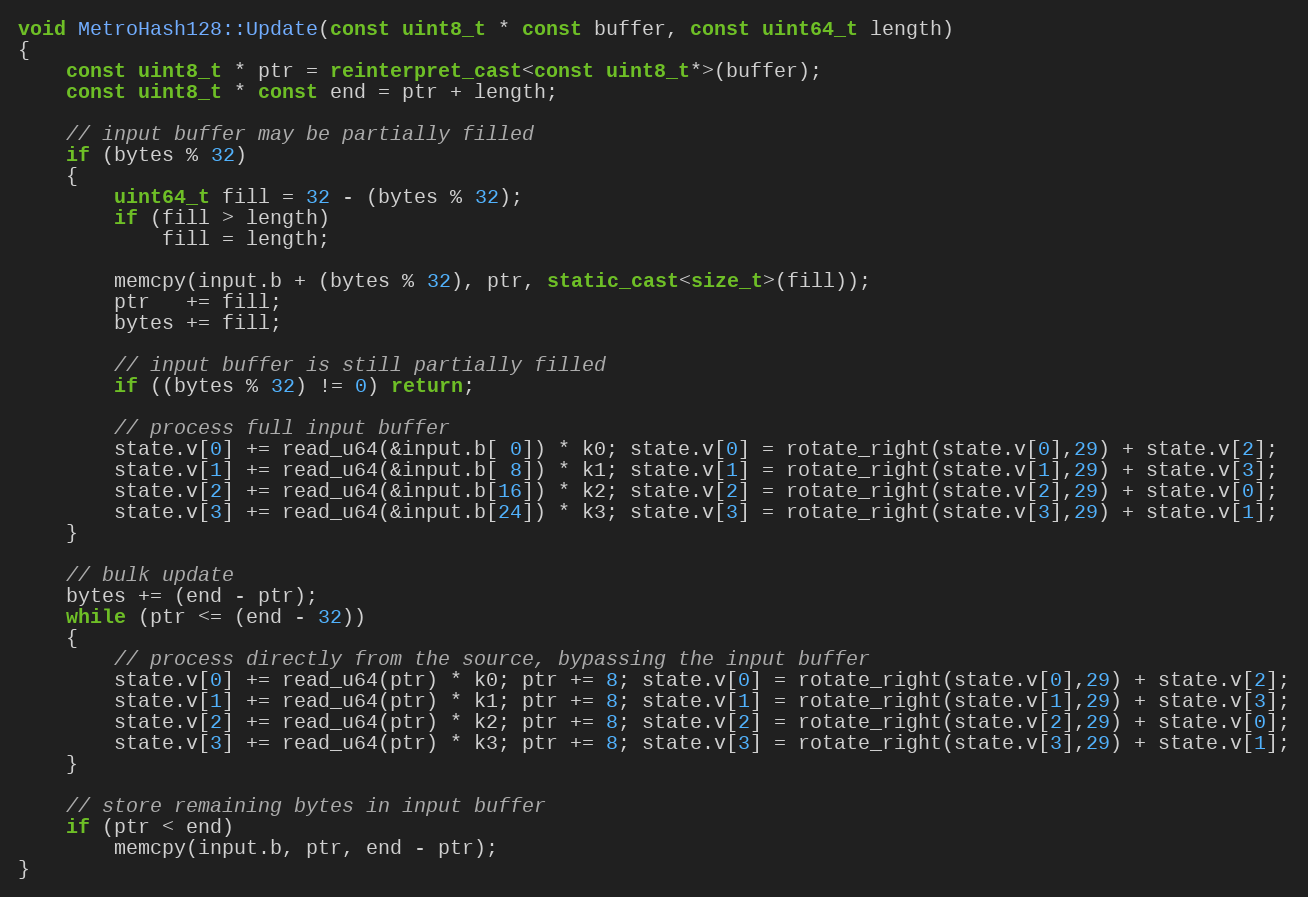
Language: C++
void MetroHash128::Update(const uint8_t * const buffer, const uint64_t length)
{
    const uint8_t * ptr = reinterpret_cast<const uint8_t*>(buffer);
    const uint8_t * const end = ptr + length;

    // input buffer may be partially filled
    if (bytes % 32)
    {
        uint64_t fill = 32 - (bytes % 32);
        if (fill > length)
            fill = length;

        memcpy(input.b + (bytes % 32), ptr, static_cast<size_t>(fill));
        ptr   += fill;
        bytes += fill;

        // input buffer is still partially filled
        if ((bytes % 32) != 0) return;

        // process full input buffer
        state.v[0] += read_u64(&input.b[ 0]) * k0; state.v[0] = rotate_right(state.v[0],29) + state.v[2];
        state.v[1] += read_u64(&input.b[ 8]) * k1; state.v[1] = rotate_right(state.v[1],29) + state.v[3];
        state.v[2] += read_u64(&input.b[16]) * k2; state.v[2] = rotate_right(state.v[2],29) + state.v[0];
        state.v[3] += read_u64(&input.b[24]) * k3; state.v[3] = rotate_right(state.v[3],29) + state.v[1];
    }

    // bulk update
    bytes += (end - ptr);
    while (ptr <= (end - 32))
    {
        // process directly from the source, bypassing the input buffer
        state.v[0] += read_u64(ptr) * k0; ptr += 8; state.v[0] = rotate_right(state.v[0],29) + state.v[2];
        state.v[1] += read_u64(ptr) * k1; ptr += 8; state.v[1] = rotate_right(state.v[1],29) + state.v[3];
        state.v[2] += read_u64(ptr) * k2; ptr += 8; state.v[2] = rotate_right(state.v[2],29) + state.v[0];
        state.v[3] += read_u64(ptr) * k3; ptr += 8; state.v[3] = rotate_right(state.v[3],29) + state.v[1];
    }

    // store remaining bytes in input buffer
    if (ptr < end)
        memcpy(input.b, ptr, end - ptr);
}